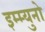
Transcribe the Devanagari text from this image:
इम्म्युनो